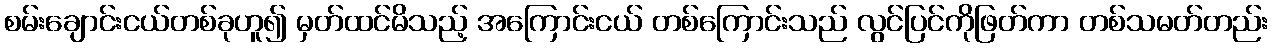
စမ်းချောင်းငယ်တစ်ခုဟူ၍ မှတ်ထင်မိသည့် အကြောင်းငယ် တစ်ကြောင်းသည် လွင်ပြင်ကိုဖြတ်ကာ တစ်သမတ်တည်း